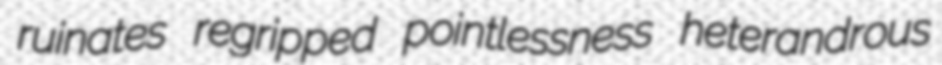
ruinates regripped pointlessness heterandrous